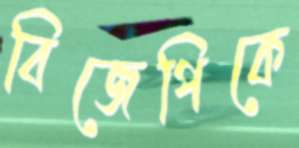
বিজেপিকে